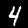
Digit: 4